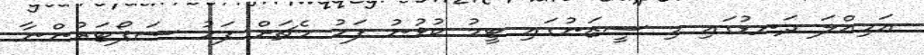
އަމިއްލަ ދަނޑުގައި މި ސީޒަނުގައި ޓީމު ކުޅުނު ފަހު މެޗަށް ފަހު ސަޕޯޓަރުންނާ